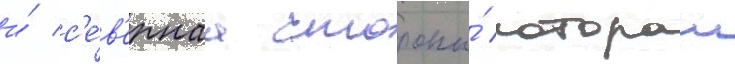
и́ с'е́в'ернаа стороны́ которои